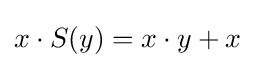
x\cdot S(y)=x\cdot y+x\